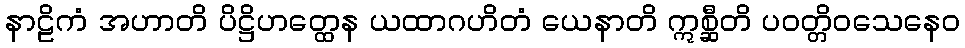
နာဠိကံ အဟာတိ ပိဋ္ဌိဟတ္ထေန ယထာဂဟိတံ ယေနာတိ ဣစ္ဆီတိ ပဝတ္တိဝသေနေဝ